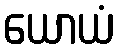
ယောယံ